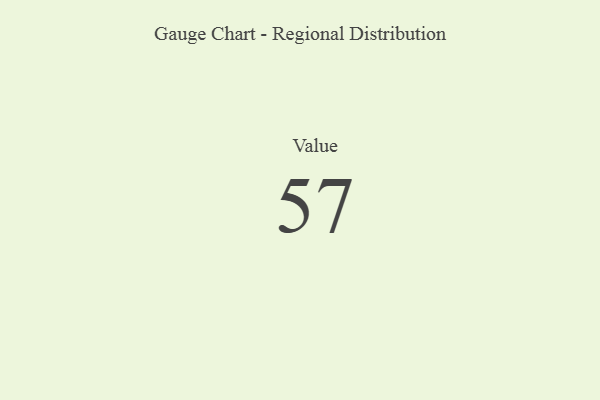
{"axis": {"x": "Metric", "y": "Value"}, "legend": [""], "data": [{"x": "Value", "y": 57, "type": ""}]}